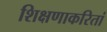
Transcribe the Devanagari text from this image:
शिक्षणाकरितां